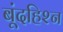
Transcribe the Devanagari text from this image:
बूंदहिश्न